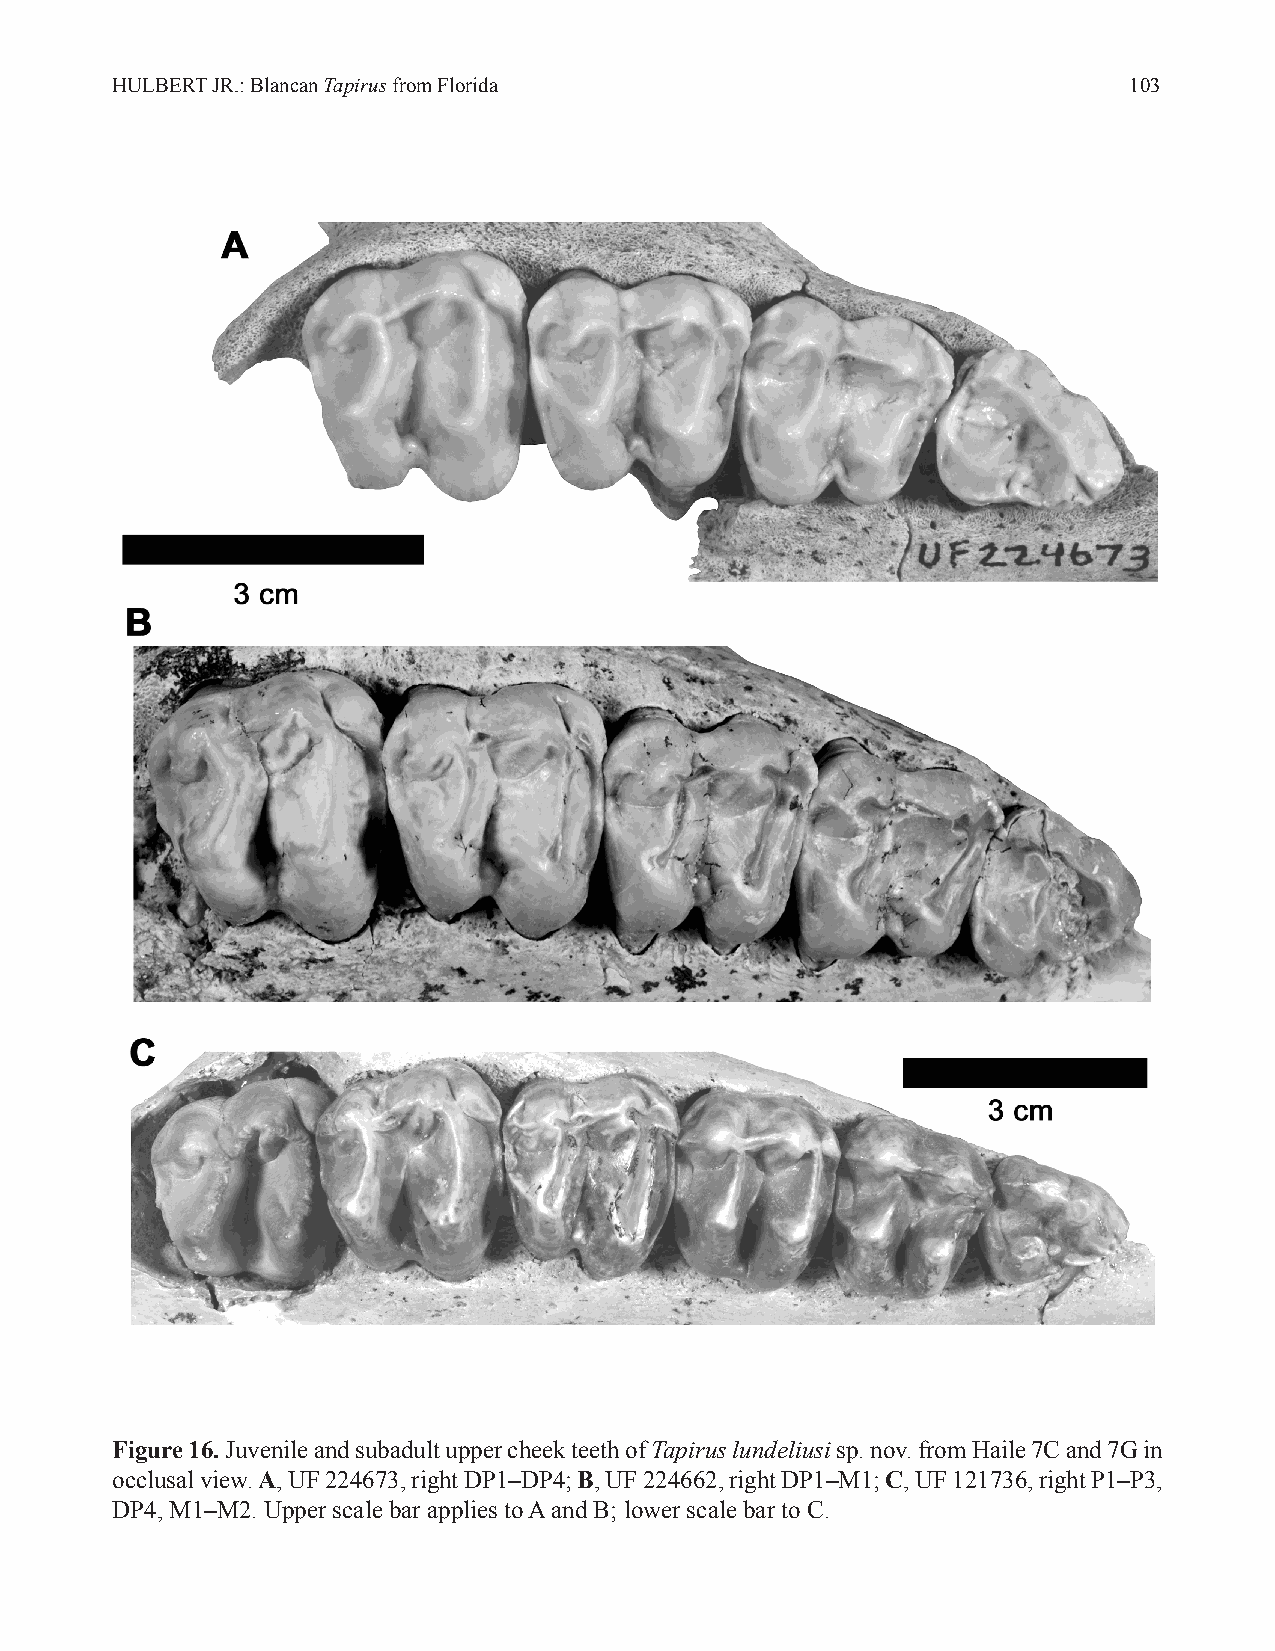
HULBERT JR.: Blancan Tapirus from Florida                           103
 Figure 16. Juvenile and subadult upper cheek teeth of Tapirus lundeliusi sp. nov. from Haile 7C and 7G in
 occlusal view. A, UF 224673, right DP1–DP4; B, UF 224662, right DP1–M1; C, UF 121736, right P1–P3,
 DP4, M1–M2. Upper scale bar applies to A and B; lower scale bar to C.